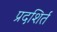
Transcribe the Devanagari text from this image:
प्रदशिर्त